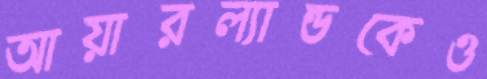
আয়ারল্যান্ডকেও